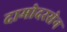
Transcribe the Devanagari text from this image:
दामोदरसेन